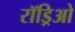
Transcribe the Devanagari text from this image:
रॉड्रिओ